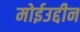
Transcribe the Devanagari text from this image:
मोईउद्दीन